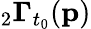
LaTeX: {}_{2}\mathbf{\Gamma}_{t_{0}}(\mathbf{p})